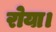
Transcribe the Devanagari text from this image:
रोया।